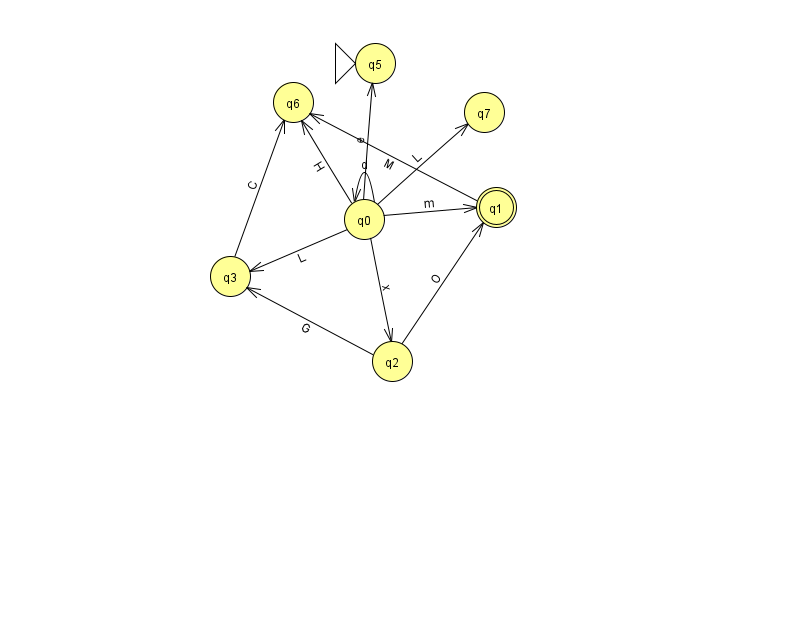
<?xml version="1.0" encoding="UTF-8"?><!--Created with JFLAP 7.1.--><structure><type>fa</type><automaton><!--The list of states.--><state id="0" name="q0"><x>364.0</x><y>206.0</y></state><state id="1" name="q1"><x>496.0</x><y>194.0</y><final/></state><state id="2" name="q2"><x>392.0</x><y>348.0</y></state><state id="3" name="q3"><x>230.0</x><y>263.0</y></state><state id="5" name="q5"><x>375.0</x><y>50.0</y><initial/></state><state id="6" name="q6"><x>293.0</x><y>89.0</y></state><state id="7" name="q7"><x>484.0</x><y>99.0</y></state><!--The list of transitions.--><transition><from>0</from><to>2</to><read>x</read></transition><transition><from>0</from><to>0</to><read>d</read></transition><transition><from>0</from><to>5</to><read>e</read></transition><transition><from>2</from><to>1</to><read>O</read></transition><transition><from>0</from><to>7</to><read>L</read></transition><transition><from>3</from><to>6</to><read>C</read></transition><transition><from>1</from><to>6</to><read>M</read></transition><transition><from>2</from><to>3</to><read>G</read></transition><transition><from>0</from><to>1</to><read>m</read></transition><transition><from>0</from><to>3</to><read>L</read></transition><transition><from>0</from><to>6</to><read>H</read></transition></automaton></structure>